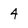
Character: 4